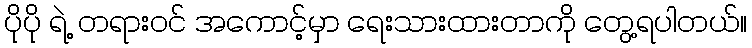
ပိုပို ရဲ့ တရားဝင် အကောင့်မှာ ရေးသားထားတာကို တွေ့ရပါတယ်။